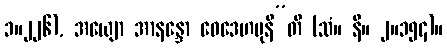
၁။၂၂၆), အယျော အာနန္ဒော ဝေဒေဟမုနီ”တိ (သံ။ နိ။ ၂။၁၅၄)။